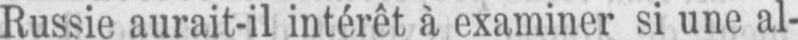
Russie aurait-il intérêt à examiner si une al-